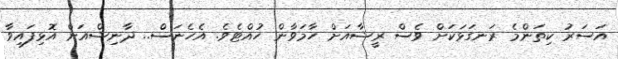
އަސަރު ކިތަންމެ ރަނގަޅަކަށް ވެސް ރީޝާއަށް ހާމަވާން ހުއްޓެވެ. އެހެނަސް.. ދާނިޝްއަށް އޮޅިފައިވާ